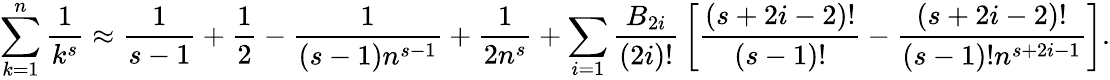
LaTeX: \sum_{k=1}^{n}{\frac{1}{k^{s}}}\approx{\frac{1}{s-1}}+{\frac{1}{2}}-{\frac{1}{(s-1)n^{s-1}}}+{\frac{1}{2n^{s}}}+\sum_{i=1}{\frac{B_{2i}}{(2i)!}}\left[{\frac{(s+2i-2)!}{(s-1)!}}-{\frac{(s+2i-2)!}{(s-1)!n^{s+2i-1}}}\right].